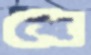
খে